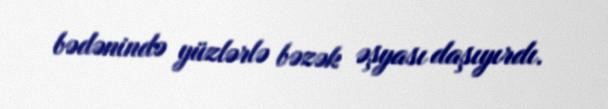
bədənində yüzlərlə bəzək əşyası daşıyırdı.